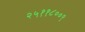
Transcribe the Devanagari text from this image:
२५११८००९